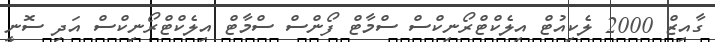
ގާއިޒް 2000 ލެކިއުޓް އިލެކްޓްރޯނިކްސް ސްމާޓް ފޯންސް ސްމާޓް އިލެކްޓްރޯނިކްސް އަދި ސޮނީ